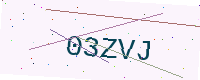
Text: 03ZVJ